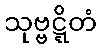
သုဗ္ဗဋ္ဋိတံ